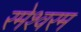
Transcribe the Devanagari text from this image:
रमेश्वरम